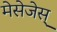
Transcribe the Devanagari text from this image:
मेसेजेस्